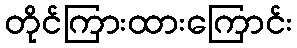
တိုင်ကြားထားကြောင်း